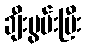
ချီးမွမ်းပြီး